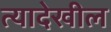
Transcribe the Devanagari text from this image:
त्यादेखील